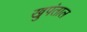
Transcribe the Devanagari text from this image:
खुपंताल